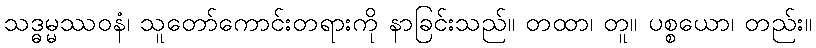
သဒ္ဓမ္မဿဝနံ၊ သူတော်ကောင်းတရားကို နာခြင်းသည်။ တထာ၊ တူ။ ပစ္စယော၊ တည်း။